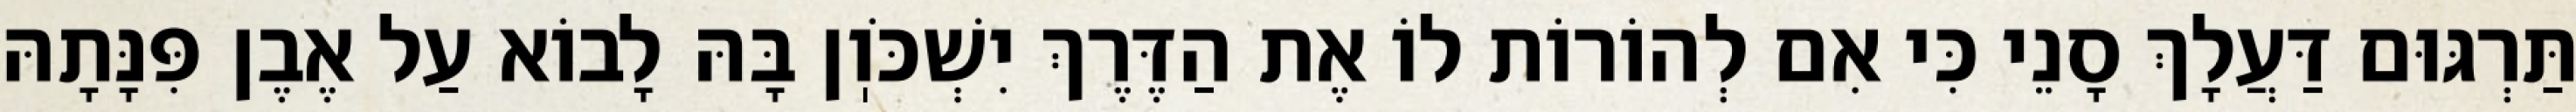
תַּרְגּוּם דַּעֲלָךְ סָנֵי כִּי אִם לְהוֹרוֹת לוֹ אֶת הַדֶּרֶךְ יִשְׁכֹּוֽן בָּהּ לָבוֹא עַל אֶבֶן פִּנָּתָהּ